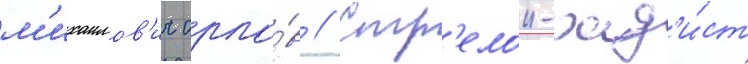
м'ихаилов'ич орло́в // Стр'елок-рад'и́ст